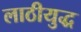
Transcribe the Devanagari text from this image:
लाठीयुद्ध